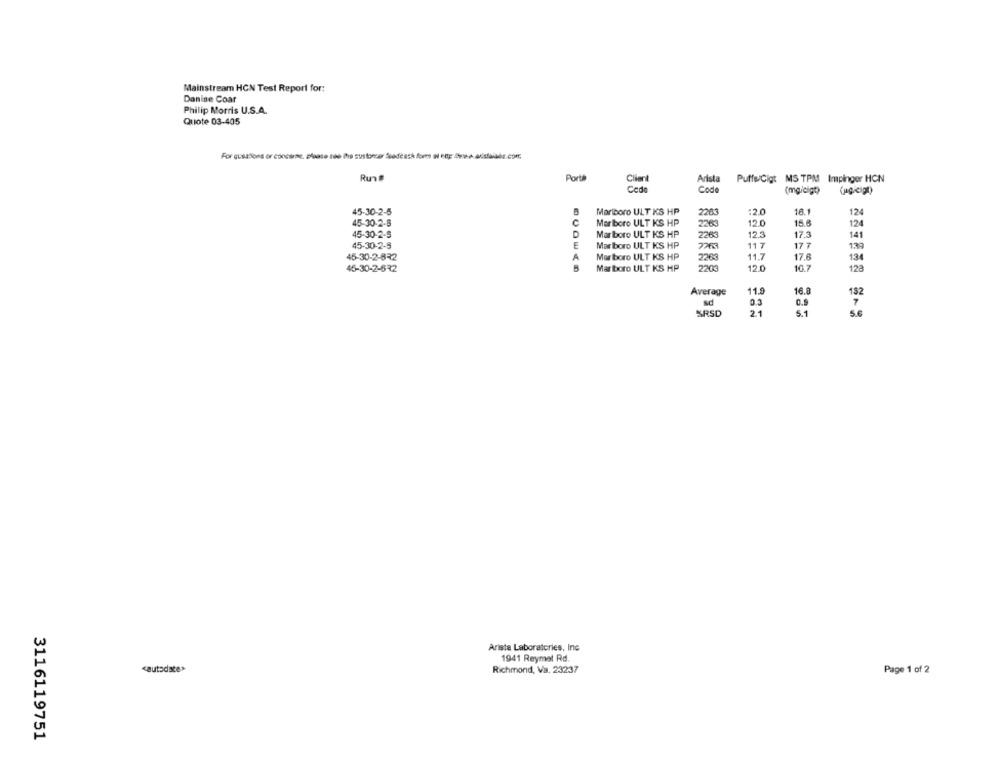
Mainstream HCN Test Report for:
Danise Coar
Philip Morris U.S.A.
Quote 03-405
Run#
Port
Client
Arista
Puffs/Cigt MS TPM Impinger HON
Cede
Code
(mg/cigt)
45-30-2-5
Marlboro ULT KS HP
2203
:2.0
18.1
124
45-30-2-8
Marlboro ULT KS HP
2263
12.0
15.6
124
45-30-2-5
Marlboro ULT KS HP
2263
12.3
17.3
141
45-30-2-8
E
11 7
177
Marlboro ULT KS HP
7763
139
45-30-2-832
A
Merboro ULT KS HP
2363
11.7
17.6
136
220
12.0
10.7
128
45-30-2-672
Marlboro ULT. KS HP
16.
Average
11.9
182
sd
0.1
C.S
7
SRSD
2.1
5.1
5.6
Arista Laboratories, Inc
1941 Reymat Rd.
<autodate>
Richmond, Va. 23237
Page 1 of 2
3116119751